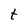
Character: t